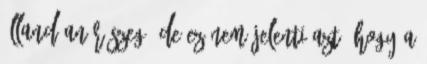
állandóan részeg, de ez nem jelenti azt, hogy a